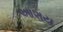
આશય